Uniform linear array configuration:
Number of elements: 48
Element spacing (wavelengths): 0.25
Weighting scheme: exponential
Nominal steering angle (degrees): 60
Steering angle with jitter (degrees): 61.99
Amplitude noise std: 0.05
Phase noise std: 0.05

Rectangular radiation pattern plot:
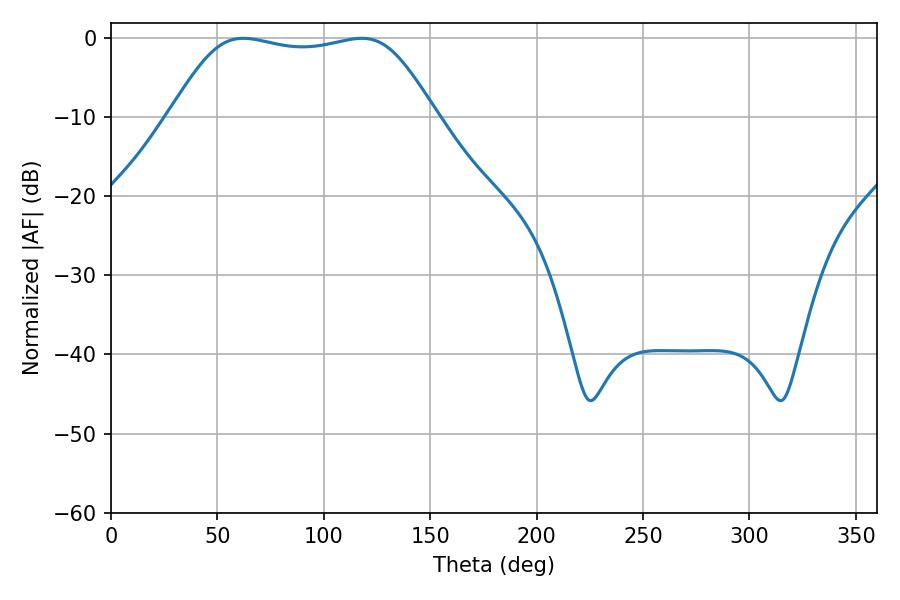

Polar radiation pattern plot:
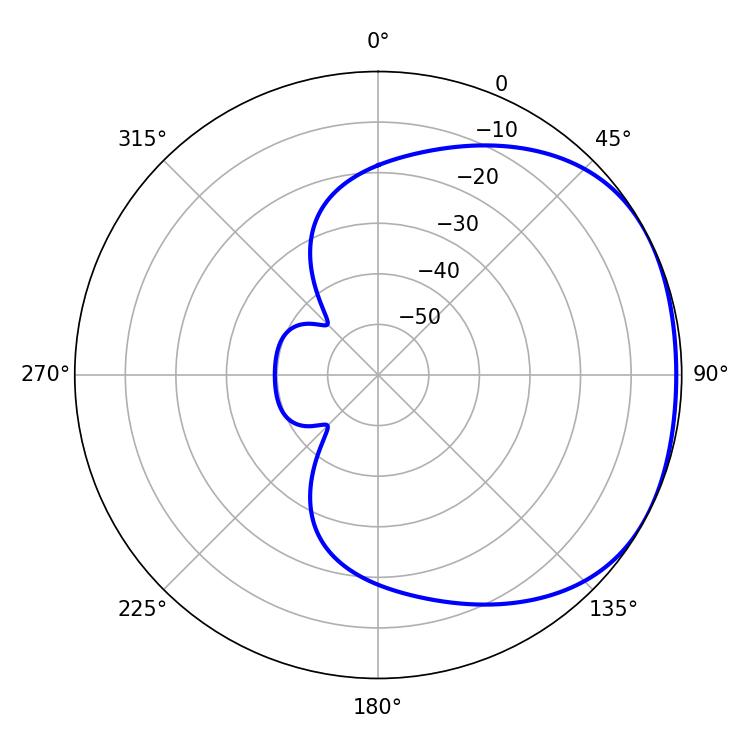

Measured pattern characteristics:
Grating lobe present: FALSE
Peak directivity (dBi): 1.669
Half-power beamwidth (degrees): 93.96
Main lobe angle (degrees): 62.28